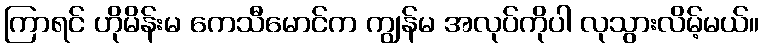
ကြာရင် ဟိုမိန်းမ ကေသီမောင်က ကျွန်မ အလုပ်ကိုပါ လုသွားလိမ့်မယ်။